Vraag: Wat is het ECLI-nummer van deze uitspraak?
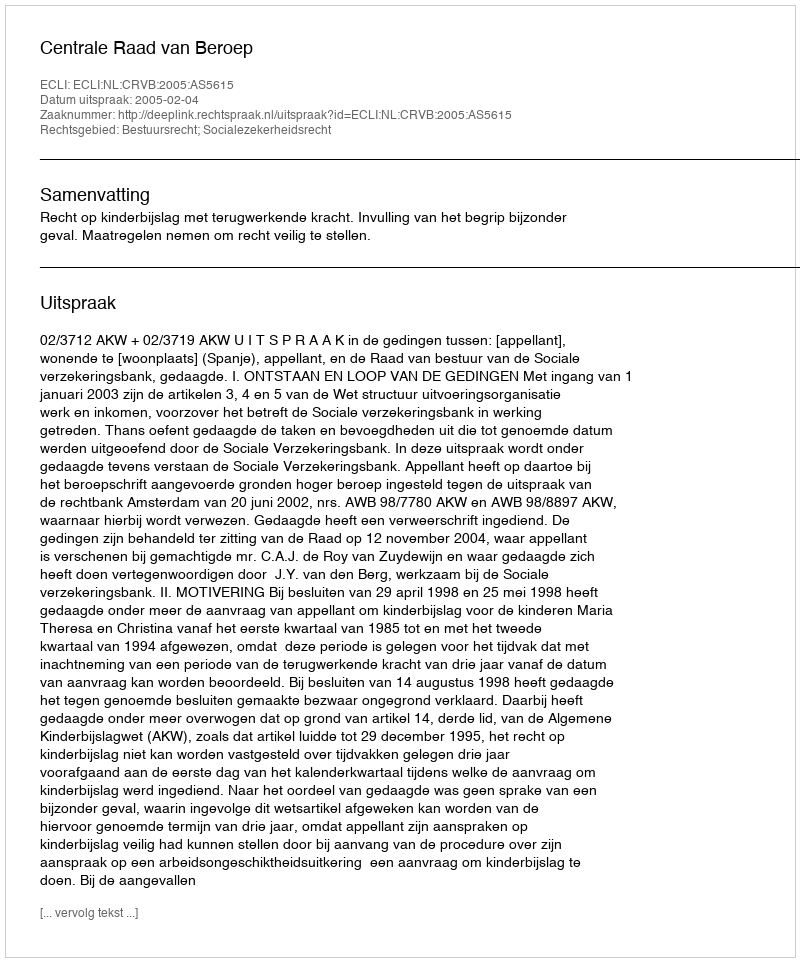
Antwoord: ECLI:NL:CRVB:2005:AS5615